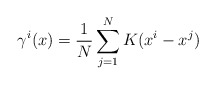
\begin{align*}\gamma^i(x) = \frac1N\sum_{j=1}^N K(x^i - x^j)\end{align*}